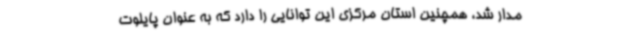
مدار شد، همچنین استان مرکزی این توانایی را دارد که به عنوان پایلوت